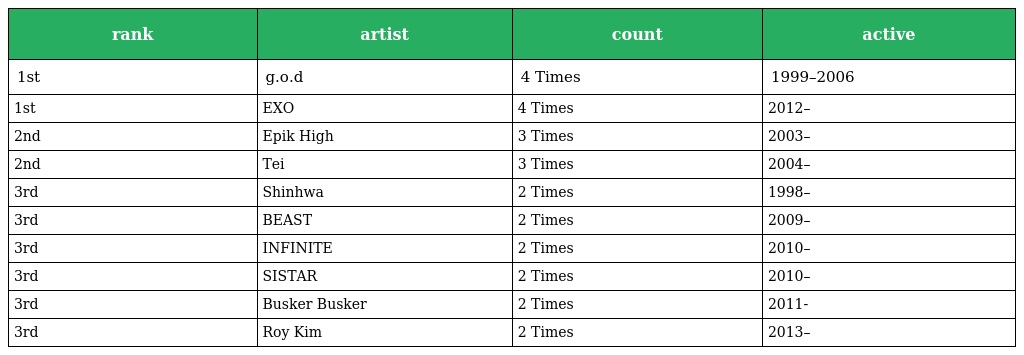
| rank | artist | count | active |
 | --- | --- | --- | --- |
 | 1st | g.o.d | 4 Times | 1999–2006 |
 | 1st | EXO | 4 Times | 2012– |
 | 2nd | Epik High | 3 Times | 2003– |
 | 2nd | Tei | 3 Times | 2004– |
 | 3rd | Shinhwa | 2 Times | 1998– |
 | 3rd | BEAST | 2 Times | 2009– |
 | 3rd | INFINITE | 2 Times | 2010– |
 | 3rd | SISTAR | 2 Times | 2010– |
 | 3rd | Busker Busker | 2 Times | 2011- |
 | 3rd | Roy Kim | 2 Times | 2013– |